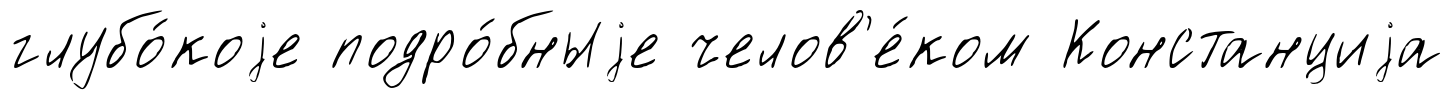
глубо́коjе подро́бныjе челов'е́ком Констанциjа